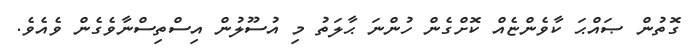
ގޮތުން ޞައްޙަ ކާވެންޏެއް ކޮށްގެން ހުންނަ ޙާލަތު މި އުސޫލުން އިސްތިސްނާވެގެން ވެއެވެ.